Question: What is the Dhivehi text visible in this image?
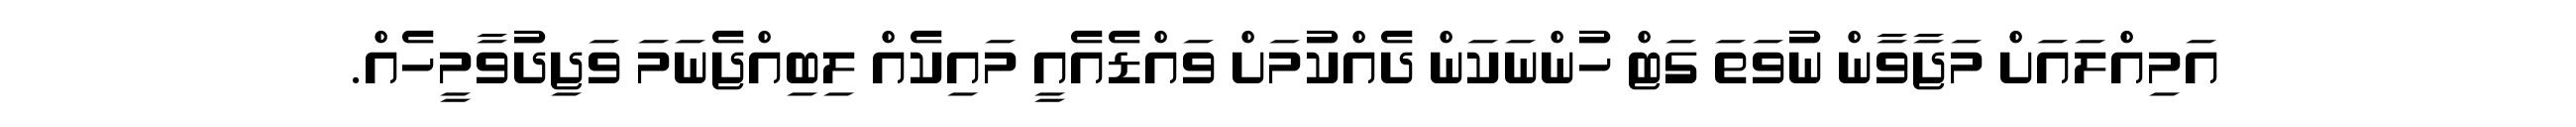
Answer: އަމިއްލައަށް މަޖާވާން ނުވަތަ ގަޓް ހުންނަކަން ދެއްކުމަށް ވައްޑެއެއީ މައިކެއް ލިބިއްޖެނަމަ ވަޖިދުވާމީހެއް.